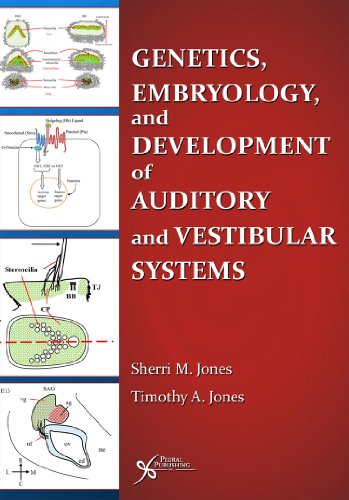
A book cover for Genetics, Embryology, and Development of Auditory and Vestibular Systems; Sherri M. Jones and Timothy A. Jones; Medical Books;